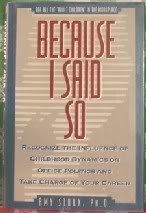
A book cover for Because I Said So: Recognize the Influence of Childhood Dynamics on Office Politics and Take Charge of Your Career; Amy Stark; Business & Money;